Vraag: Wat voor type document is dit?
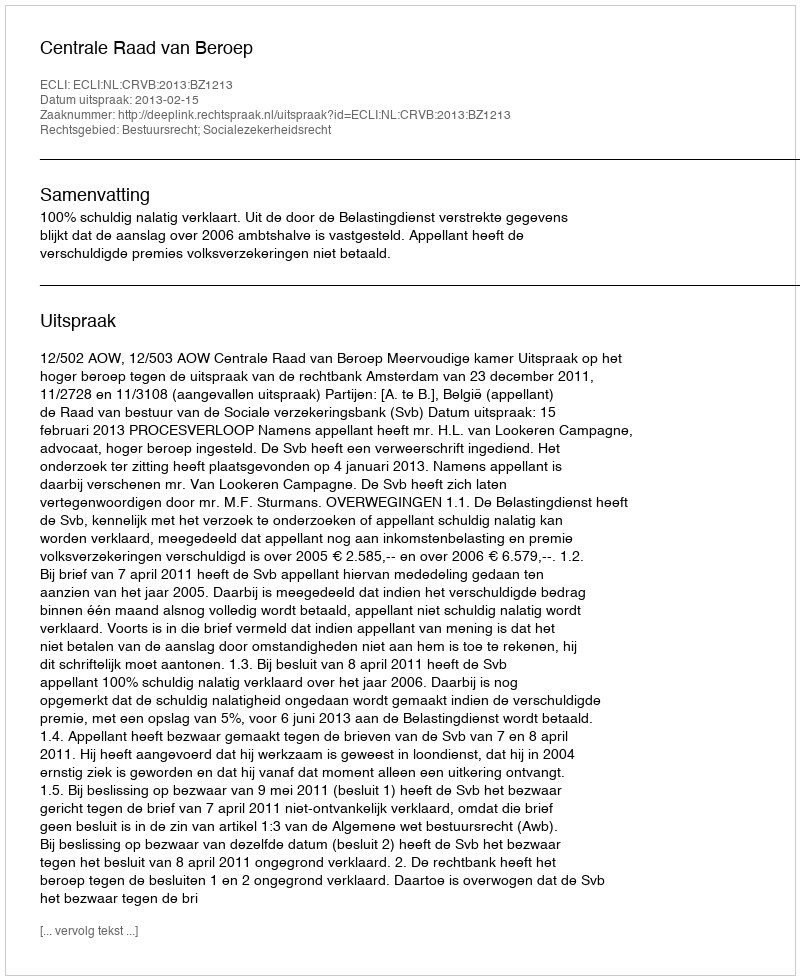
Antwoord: Uitspraak